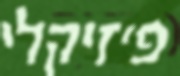
פיזיקלי